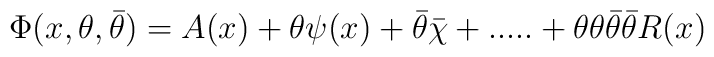
\Phi (x, \theta , \bar{\theta} ) = A(x)+\theta \psi (x) + \bar{\theta}\bar{\chi} +.....+\theta \theta \bar{\theta} \bar{\theta} R(x)